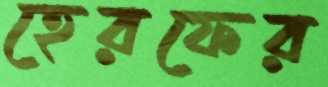
হেরফের